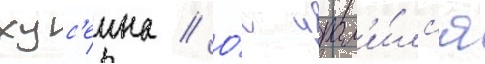
хус'еина // О́н удал'и́лс'я